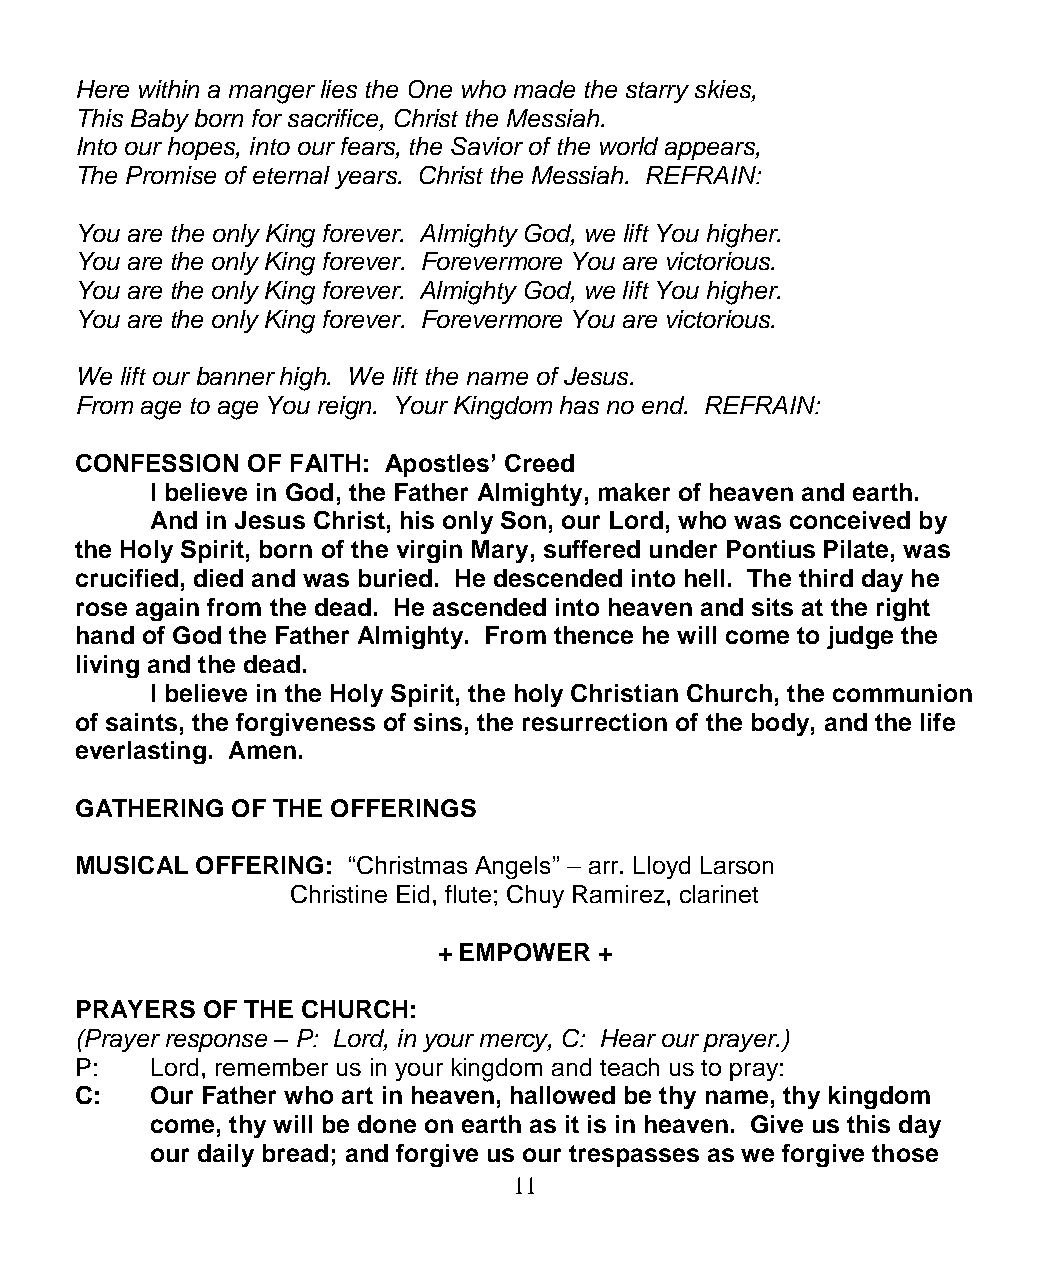
Here within a manger lies the One who made the starry skies,
 This Baby born for sacrifice, Christ the Messiah.
 Into our hopes, into our fears, the Savior of the world appears,
 The Promise of eternal years. Christ the Messiah. REFRAIN:
 You are the only King forever. Almighty God, we lift You higher.
 You are the only King forever. Forevermore You are victorious.
 You are the only King forever. Almighty God, we lift You higher.
 You are the only King forever. Forevermore You are victorious.
 We lift our banner high. We lift the name of Jesus.
 From age to age You reign. Your Kingdom has no end. REFRAIN:
 CONFESSION OF FAITH: Apostles’ Creed
 I believe in God, the Father Almighty, maker of heaven and earth.
 And in Jesus Christ, his only Son, our Lord, who was conceived by
 the Holy Spirit, born of the virgin Mary, suffered under Pontius Pilate, was
 crucified, died and was buried. He descended into hell. The third day he
 rose again from the dead. He ascended into heaven and sits at the right
 hand of God the Father Almighty. From thence he will come to judge the
 living and the dead.
 I believe in the Holy Spirit, the holy Christian Church, the communion
 of saints, the forgiveness of sins, the resurrection of the body, and the life
 everlasting. Amen.
 GATHERING OF THE OFFERINGS
 MUSICAL OFFERING: “Christmas Angels” – arr. Lloyd Larson
 Christine Eid, flute; Chuy Ramirez, clarinet
 + EMPOWER  +
 PRAYERS OF THE CHURCH:
 (Prayer response – P: Lord, in your mercy, C: Hear our prayer.)
 P:   Lord, remember us in your kingdom and teach us to pray:
 C:   Our Father who art in heaven, hallowed be thy name, thy kingdom
 come, thy will be done on earth as it is in heaven. Give us this day
 our daily bread; and forgive us our trespasses as we forgive those
 11